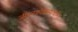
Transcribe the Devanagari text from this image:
जीवनकौशल्याधारित